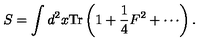
S = \int d ^ { 2 } x \mathrm { T r } \left( 1 + \frac { 1 } { 4 } F ^ { 2 } + \cdots \right) .